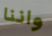
واننا